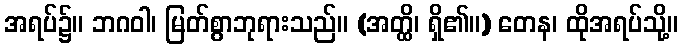
အရပ်၌။ ဘဂဝါ၊ မြတ်စွာဘုရားသည်။ (အတ္ထိ၊ ရှိ၏။) တေန၊ ထိုအရပ်သို့။